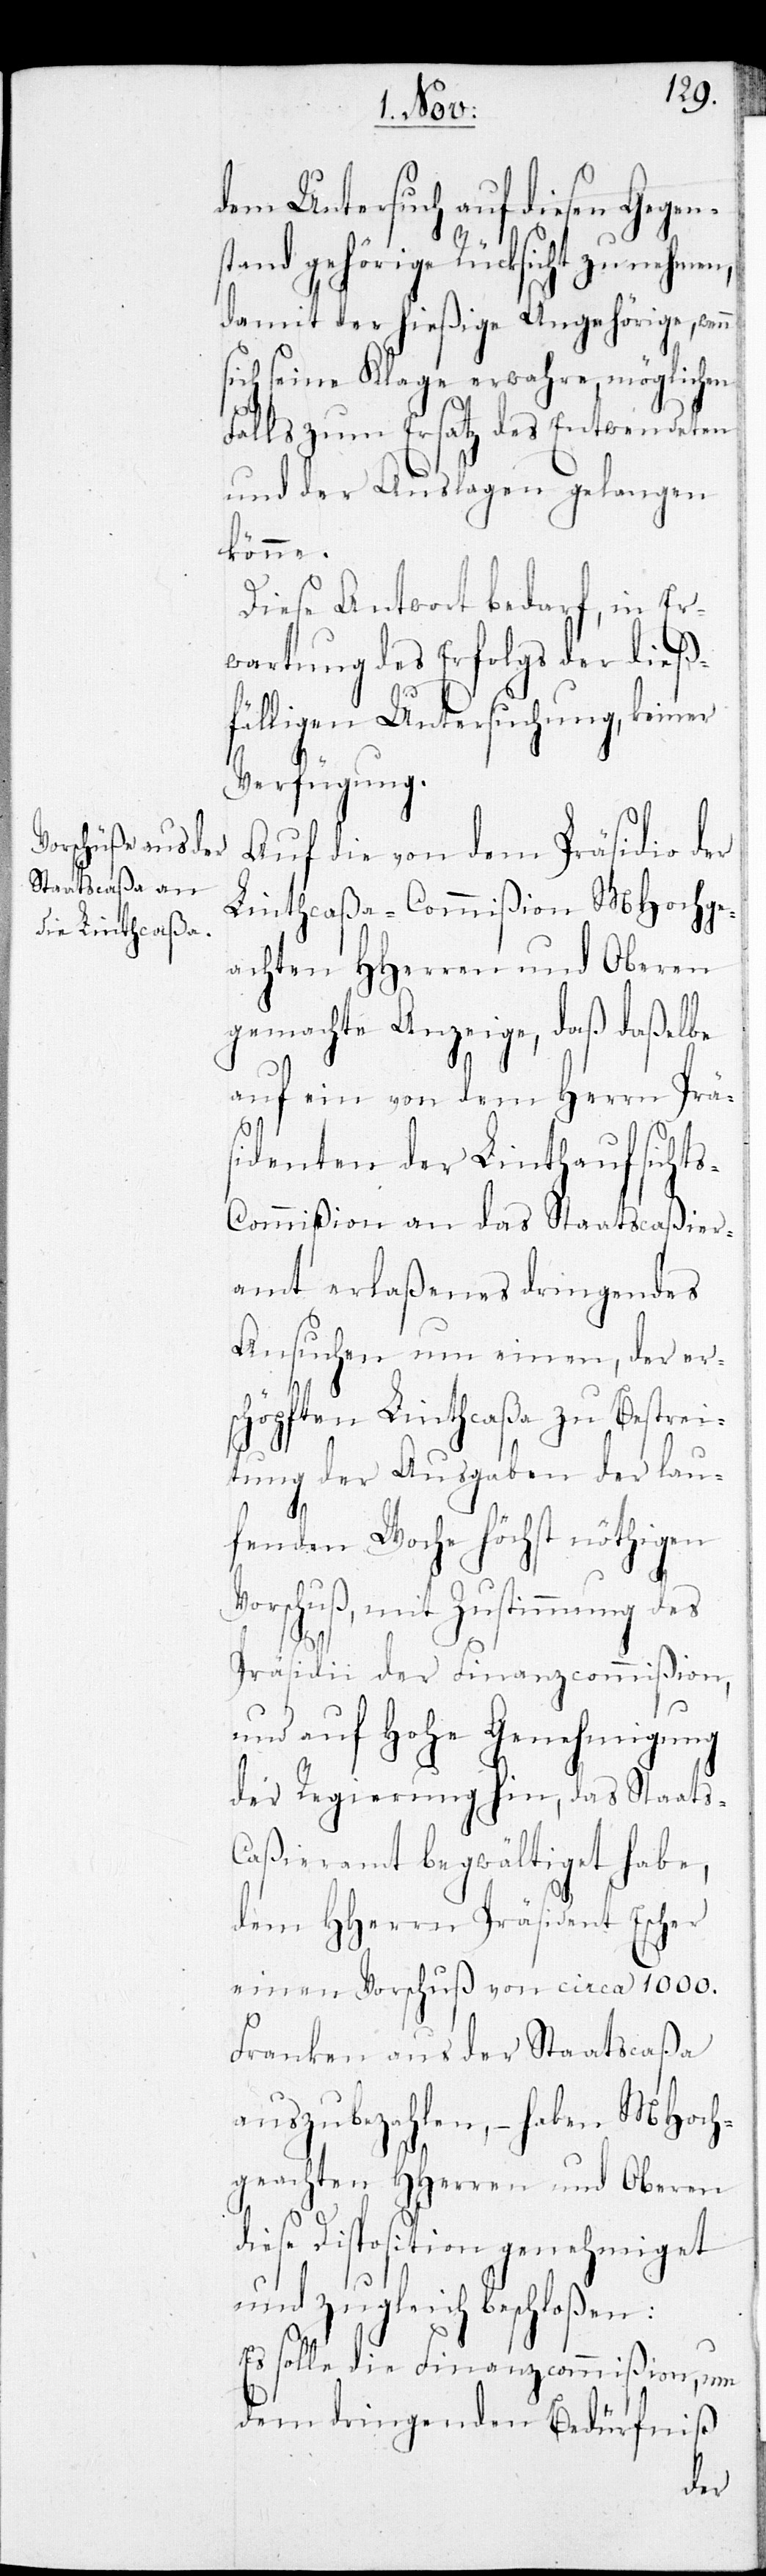
d¬
dem Untersuch auf diesen Gegen¬
stand gehörige Rücksicht zu nehmen,
damit der hießige Angehörige, wenn
sich seine Klage erwahre, möglichen
Falls zum Ersatz des Entwendeten
und der Auslagen gelangen
könne.
Diese Antwort bedarf, in Er¬
wartung des Erfolgs der dieß¬
fälligen Untersuchung, keiner
Verfügung.
Auf die von dem Präsidio der
Linthcaßa-Commißion MHochge¬
achten HHerren und Oberen
gemachte Anzeige, daß daßelbe
auf ein von dem Herrn Prä¬
sidenten der Linthaufsicht¬
s-Commißion an das Staatscaßier¬
amt erlaßenes dringendes
Ansuchen um einen, der er¬
schöpften Linthcaßa zu Bestrei¬
tung der Ausgaben der lau¬
fenden Woche höchst nöthigen
Vorschuß, mit Zustimmung des
Präsidii der Finanzcommißion,
und auf Hohe Genehmigung
der Regierung hin, das Staats-C¬
aßieramt begwältiget habe,
dem HHerrn Präsident Escher
einen Vorschuß von circa 1000.
Franken aus der Staatscaßa
auszubezahlen, – haben MHoch¬
gehachten HHerren und Oberen
iese Disposition genehmiget
und zugleich beschloßen:
Es solle die Finanzcommißion, um
dem dringenden Bedürfniß